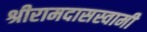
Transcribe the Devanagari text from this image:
श्रीरामदासस्वामी